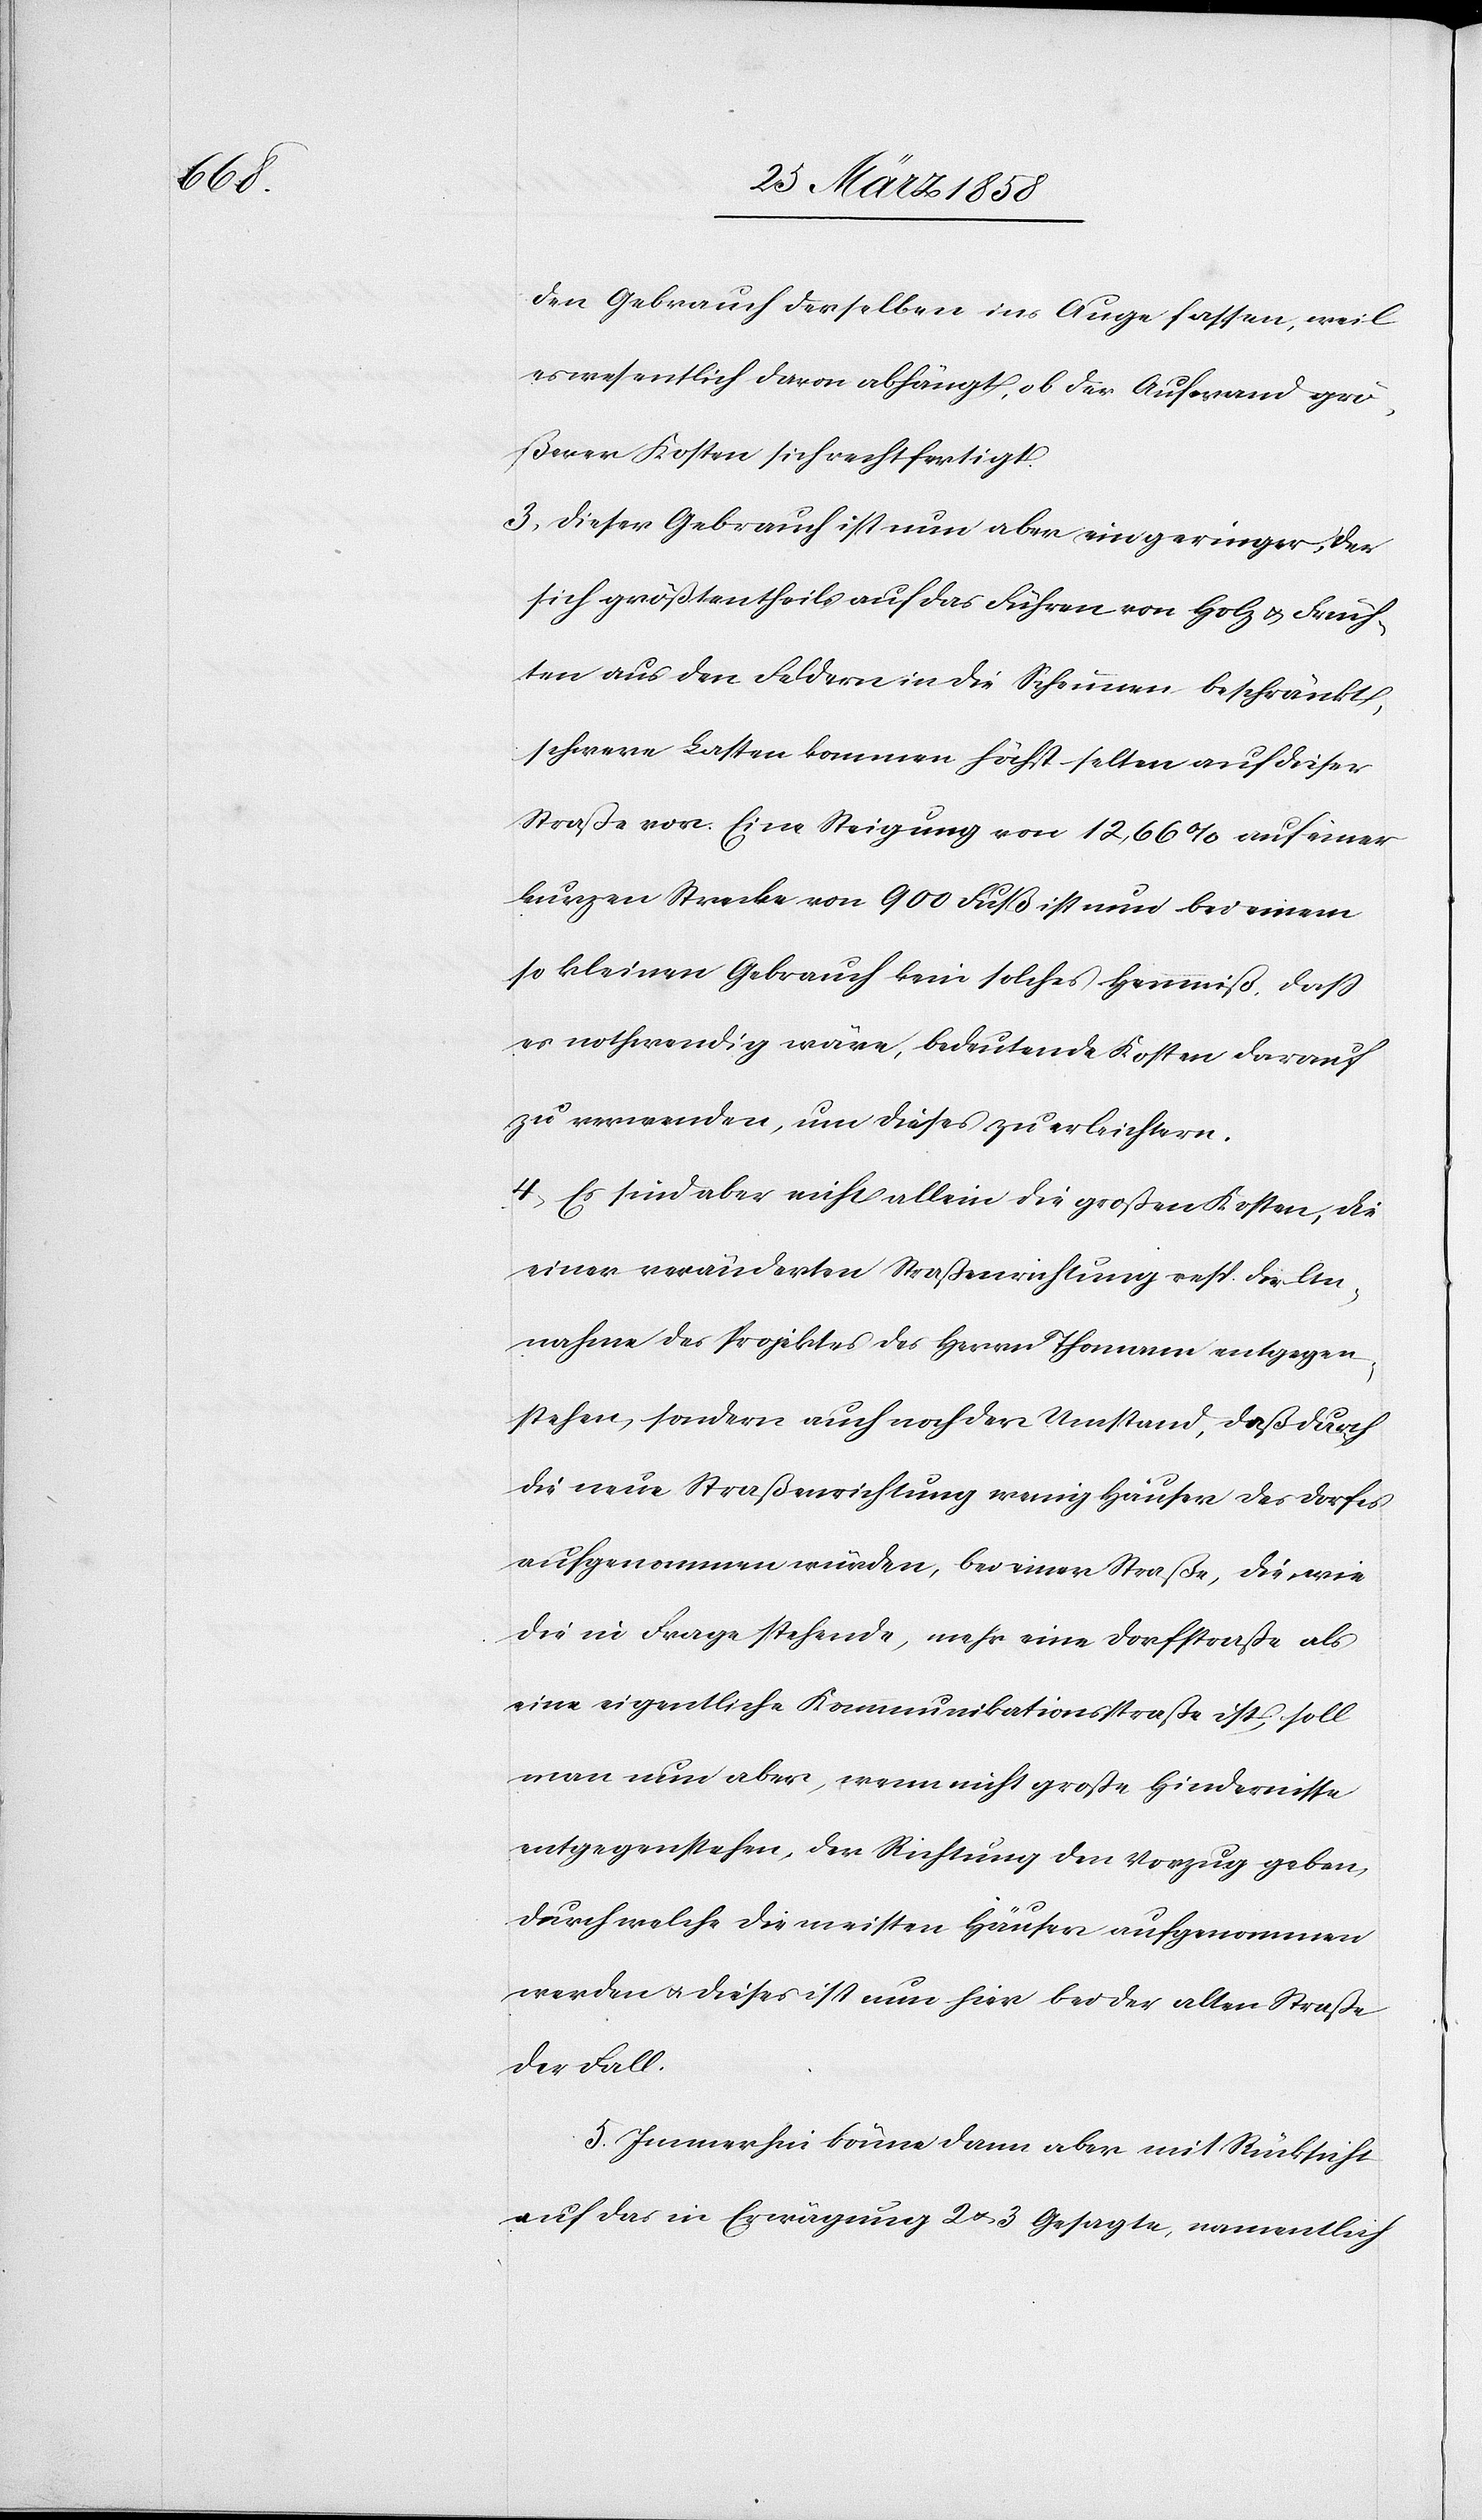
den Gebrauch derselben ins Auge fassen, weil
es wesentlich davon abhängt, ob der Aufwand grö¬
ßerer Kosten sich rechtfertigt.
3) Dieser Gebrauch ist nun aber ein geringer, der
sich größtentheils auf das Führen von Holz u. Früch¬
ten aus den Feldern in die Scheunen beschränkt,
schwere Lasten kommen höchst selten auf dieser
Straße vor. Eine Steigung von 12,66% auf einer
kurzen Strecke von 900 Fuß ist nun bei einem
so kleinen Gebrauch kein solches Hemmniß, daß
es nothwendig wäre, bedeutende Kosten darauf
zu verwenden, um dieses zu erleichtern.
4) Es sind aber nicht allein die großen Kosten, die
einer veränderten Straßenrichtung resp. die An¬
nahme des Projektes des Herrn Thomann entgegen¬
stehen, sondern auch noch der Umstand, daß durch
die neue Straßenrichtung wenig Häuser des Dorfes
aufgenommen würden, bei einer Straße, die wie
die in Frage stehende, mehr eine Dorfstraße als
eine eigentliche Kommunikationsstraße ist, soll
man nun aber, wenn nicht große Hindernisse
entgegenstehen, der Richtung den Vorzug geben,
durch welche die meisten Häuser aufgenommen
werden u. dieses ist nun hier bei der alten Straße
der Fall.
5) Immerhin könne dann aber mit Rücksicht
auf das in Erwägung 2 u. 3 Gesagte, namentlich